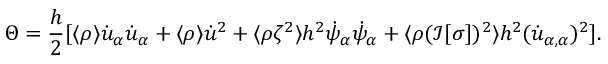
\Theta = \frac { h } { 2 } [ \langle \rho \rangle \dot { u } _ { \alpha } \dot { u } _ { \alpha } + \langle \rho \rangle \dot { u } ^ { 2 } + \langle \rho \zeta ^ { 2 } \rangle h ^ { 2 } \dot { \psi } _ { \alpha } \dot { \psi } _ { \alpha } + \langle \rho ( \mathcal { I } [ \sigma ] ) ^ { 2 } \rangle h ^ { 2 } ( \dot { u } _ { \alpha , \alpha } ) ^ { 2 } ] .